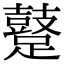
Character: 𨆊